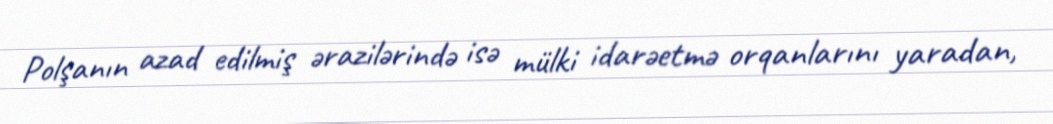
Polşanın azad edilmiş ərazilərində isə mülki idarəetmə orqanlarını yaradan,